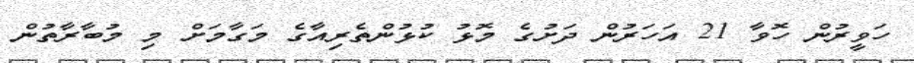
ހަވީރުން ހޮވާ 21 އަހަރުން ދަށުގެ މޮޅު ކުޅުންތެރިއާގެ މަގާމަށް މި މުބާރާތުން